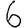
Digit: 6